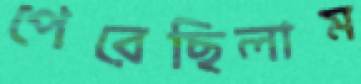
পেরেছিলাম